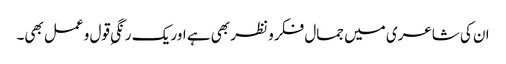
ان کی شاعری میں جمال فکر و نظر بھی ہے اور یک رنگیِ قول و عمل بھی۔